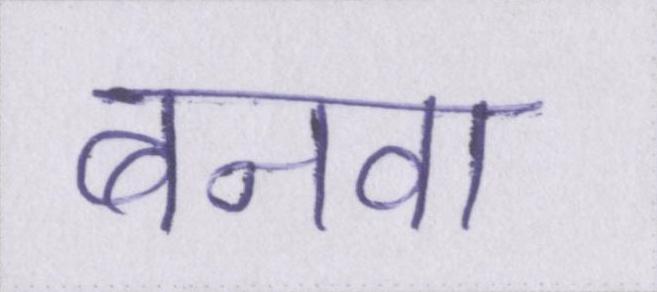
बनवा